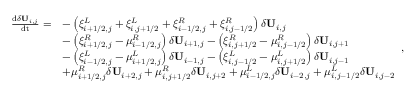
\begin{array} { r l } { \frac { \mathrm { d } \delta \mathbf { U } _ { i , j } } { \mathrm { d t } } = } & { - \left( \xi _ { i + 1 / 2 , j } ^ { L } + \xi _ { i , j + 1 / 2 } ^ { L } + \xi _ { i - 1 / 2 , j } ^ { R } + \xi _ { i , j - 1 / 2 } ^ { R } \right) \delta \mathbf { U } _ { i , j } } \\ & { - \left( \xi _ { i + 1 / 2 , j } ^ { R } - \mu _ { i - 1 / 2 , j } ^ { R } \right) \delta \mathbf { U } _ { i + 1 , j } - \left( \xi _ { i , j + 1 / 2 } ^ { R } - \mu _ { i , j - 1 / 2 } ^ { R } \right) \delta \mathbf { U } _ { i , j + 1 } } \\ & { - \left( \xi _ { i - 1 / 2 , j } ^ { L } - \mu _ { i + 1 / 2 , j } ^ { L } \right) \delta \mathbf { U } _ { i - 1 , j } - \left( \xi _ { i , j - 1 / 2 } ^ { L } - \mu _ { i , j + 1 / 2 } ^ { L } \right) \delta \mathbf { U } _ { i , j - 1 } } \\ & { + \mu _ { i + 1 / 2 , j } ^ { R } \delta \mathbf { U } _ { i + 2 , j } + \mu _ { i , j + 1 / 2 } ^ { R } \delta \mathbf { U } _ { i , j + 2 } + \mu _ { i - 1 / 2 , j } ^ { L } \delta \mathbf { U } _ { i - 2 , j } + \mu _ { i , j - 1 / 2 } ^ { L } \delta \mathbf { U } _ { i , j - 2 } } \end{array} ,